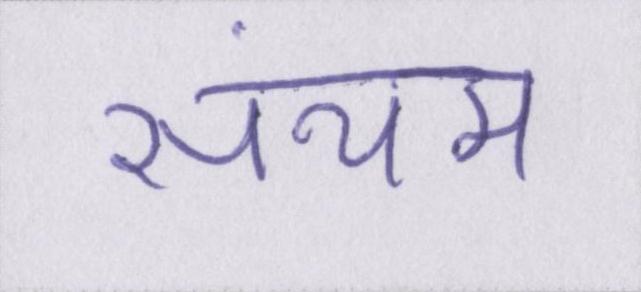
संयम